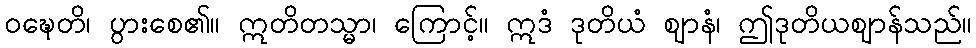
ဝဍ္ဎေတိ၊ ပွားစေ၏။ ဣတိတသ္မာ၊ ကြောင့်။ ဣဒံ ဒုတိယံ ဈာနံ၊ ဤဒုတိယဈာန်သည်။